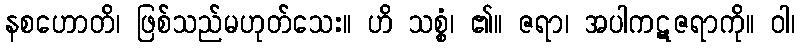
နစဟောတိ၊ ဖြစ်သည်မဟုတ်သေး။ ဟိ သစ္စံ၊ ၏။ ဇရာ၊ အပါကဋဇရာကို။ ဝါ၊